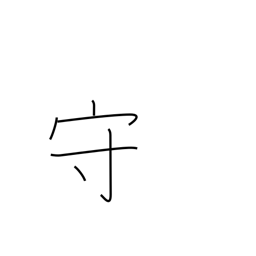
Meaning: defend